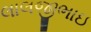
લાલજીભાઇ